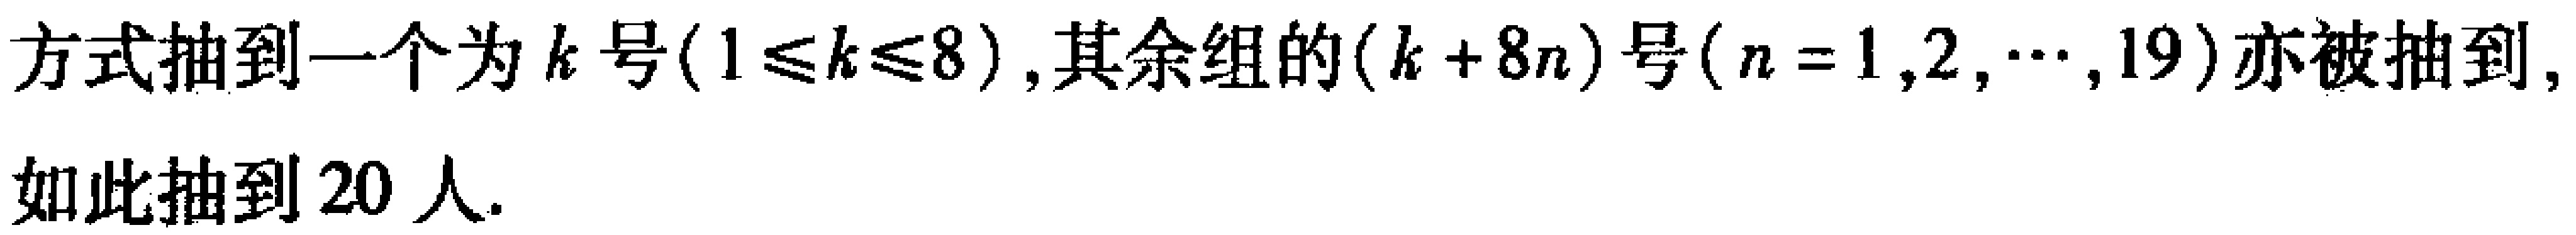
方式抽到一个为\(k\)号(\(1\leq k\leq8\))，其余组的\((k + 8n)\)号(\(n = 1,2,\cdots,19\))亦被抽到, 如此抽到 \(20\) 人.